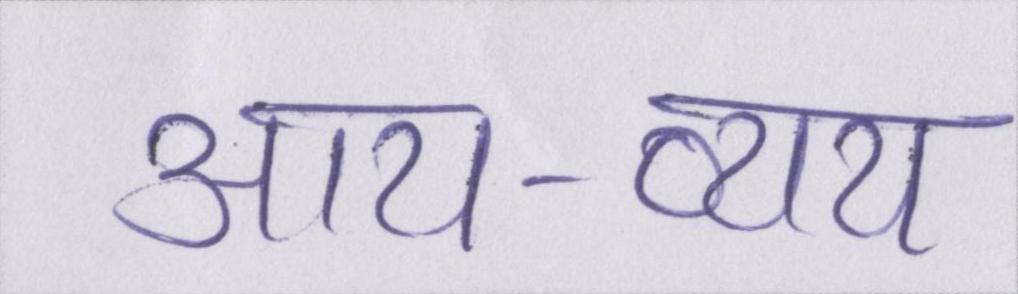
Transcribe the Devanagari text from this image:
आय-व्यय